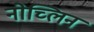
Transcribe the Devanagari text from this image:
नोच्लिन